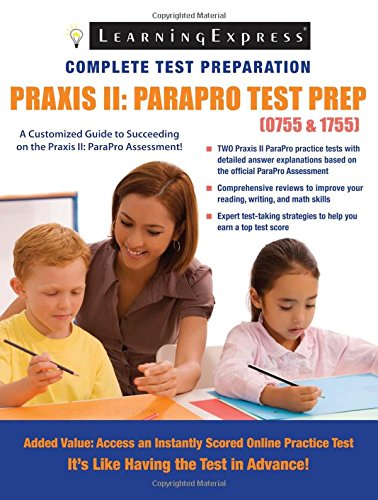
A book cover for Praxis II: ParaPro Test Prep (0755-1755); Russell Kahn; Test Preparation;